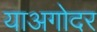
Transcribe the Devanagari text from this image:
याअगोदर